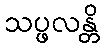
သပ္ဖလန္တိ